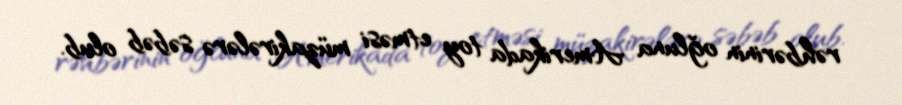
rəhbərinin oğluna Amerikada toy etməsi müzakirələrə səbəb olub.